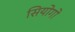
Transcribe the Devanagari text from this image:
सियोगो